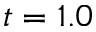
t = 1 . 0